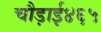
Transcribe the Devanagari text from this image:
चौड़ाई४६५